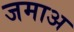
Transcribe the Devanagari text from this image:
जमाअ